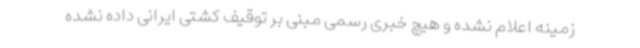
زمینه اعلام نشده و هیچ خبری رسمی مبنی بر توقیف کشتی ایرانی داده نشده